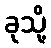
ခုသို့